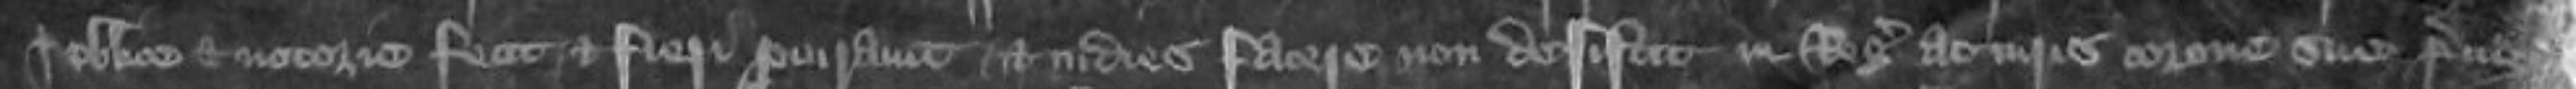
publice et notorie fecit et fieri procuravit et indies facere non desistit in Regis ac iuris corone sue preiudicium ac